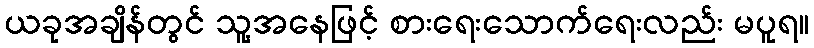
ယခုအချိန်တွင် သူ့အနေဖြင့် စားရေးသောက်ရေးလည်း မပူရ။